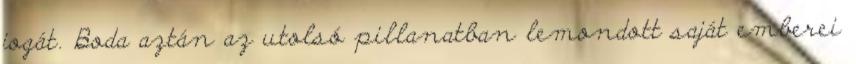
jogát. Boda aztán az utolsó pillanatban lemondott saját emberei